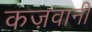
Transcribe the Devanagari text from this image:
कज़वानी